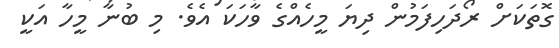
ގޮތަކަށް ރޯދަހިފަމުން ދިޔަ މީހެއްގެ ވާހަކަ އެވެ. މި ބުނާ މީހާ އަކީ